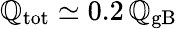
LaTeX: \mathbb{Q}_{\mathrm{{tot}}}\simeq0.2\, \mathbb{Q}_{\mathrm{{gB}}}